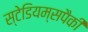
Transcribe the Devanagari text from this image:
स्टेडियम्सपैकी